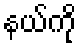
နယ်ကို